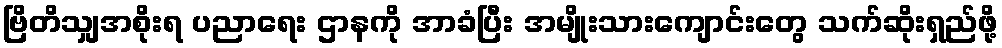
ဗြိတိသျှအစိုးရ ပညာရေး ဌာနကို အာခံပြီး အမျိုးသားကျောင်းတွေ သက်ဆိုးရှည်ဖို့